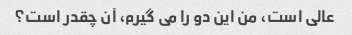
عالی است، من این دو را می گیرم، آن چقدر است؟